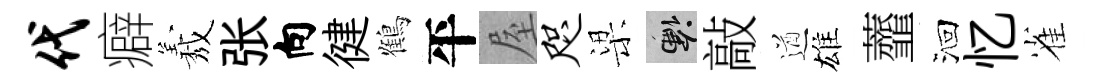
代癖𦏁张向徤鶴平屋咫梁懸敲遒雄虀洄忆雀